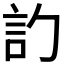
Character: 𬢛